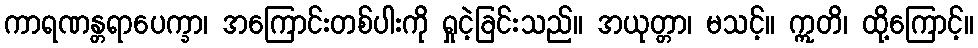
ကာရဏန္တရာပေက္ခာ၊ အကြောင်းတစ်ပါးကို ရှုငဲ့ခြင်းသည်။ အယုတ္တာ၊ မသင့်။ ဣတိ၊ ထို့ကြောင့်။